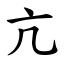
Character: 亢